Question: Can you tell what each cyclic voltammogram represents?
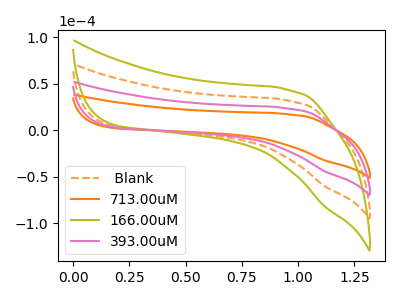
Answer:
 <answer>The orange dashed curve is labeled " Blank". The orange curve is labeled "713.00uM". The olive curve is labeled "166.00uM". The pink curve is labeled "393.00uM".</answer>
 <eval></eval>